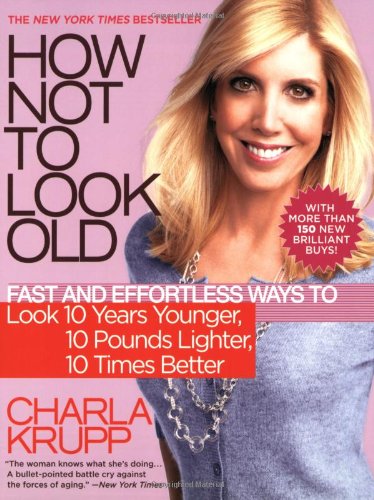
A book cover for How Not to Look Old: Fast and Effortless Ways to Look 10 Years Younger, 10 Pounds Lighter, 10 Times Better; Charla Krupp; Health, Fitness & Dieting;